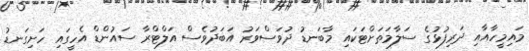
މައިމީހާއާއި ދަރިފުޅުގެ ސަލާމަތަށްޓަކައި މާބަނޑު ދުވަސްވަރު އަަބަދުވެސް އަލްޓްރާ ސައުންޑް އެހީގައި ހަށިގަނޑު